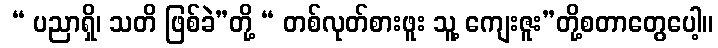
 “ ပညာရှိ၊ သတိ ဖြစ်ခဲ”တို့ “ တစ်လုတ်စားဖူး သူ့ ကျေးဇူး”တို့စတာတွေပေါ့။